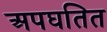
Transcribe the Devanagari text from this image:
अपघतित